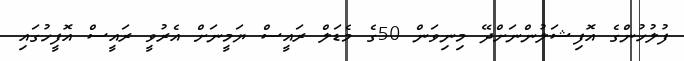
ފުލުހުންގެ އޮފިޝަލުންނަށްދޭ މިނިވަން 50ގެ މެޑަލް ރައީސް ޔަމީނަށް އެރުވީ ރައީސް އޮފީހުގައި